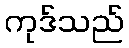
ကုဒ်သည်